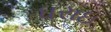
ધરાઇ